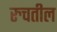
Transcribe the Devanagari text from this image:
रुचतील